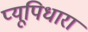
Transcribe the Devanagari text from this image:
प्यूपिधारा